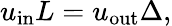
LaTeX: u_{\mathrm{{in}}}L=u_{\mathrm{{out}}}\Delta,